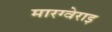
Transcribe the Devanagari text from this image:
मारग्वेराइ